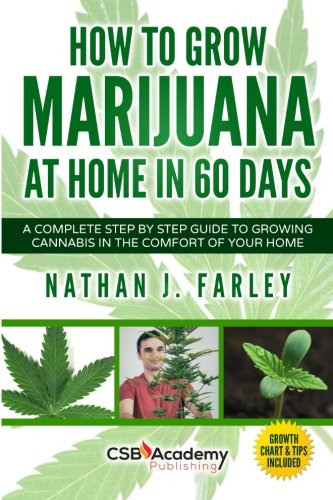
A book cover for How to Grow Marijuana at Home in 60 Days: A Complete Step by Step Guide to Growing Cannabis in The Comfort of Your Home; Nathan J Farley; Science & Math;